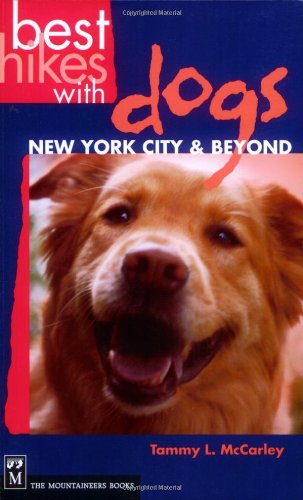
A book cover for Best Hikes With Dogs: New York City & Beyond; Tammy L. McCarley; Travel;